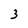
Character: 3